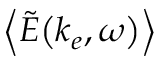
\left\langle \mathinner { \tilde { E } \mathopen { \left( k _ { e } , \omega \right) } } \right\rangle